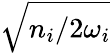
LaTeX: \sqrt{{n_{i}}/{2\omega_{i}}}